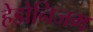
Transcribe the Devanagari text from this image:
हेडोनिजम